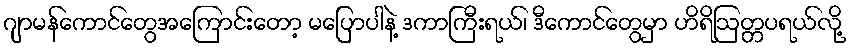
ဂျာမန်ကောင်တွေအကြောင်းတော့ မပြောပါနဲ့ ဒကာကြီးရယ်၊ ဒီကောင်တွေမှာ ဟိရိဩတ္တပရယ်လို့